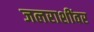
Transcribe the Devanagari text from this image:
जलराशींवर